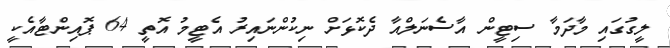
ލީގުގައި މާދަމާ ސިޓީން އާސެނަލްއާ ދެކޮޅަށް ނިކުންނައިރު އެޓީމު އޮތީ 64 ޕޮއިންޓާއެކީ